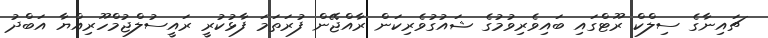
ޗައިނާގެ ސިލްކް ރޫޓްގައި ބައިވެރިވުމުގެ ޝައުގުވެރިކަން ރާއްޖޭން ފުރަތަމަ ފާޅުކުރީ ރައީސުލްޖުމްހޫރިއްޔާ އަބްދު